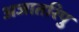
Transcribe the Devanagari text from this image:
अजातरिपु